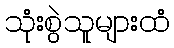
သုံးစွဲသူများထံ